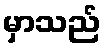
မှာသည်